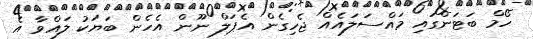
ހޯމް ބަޓަންގައި މައްސަލައެއް ޖެހިގެން އެޕަލް ނޫން އެހެން ބަޔަކު ލައްވާ އެ